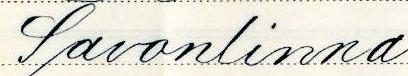
Savonlinna